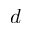
d